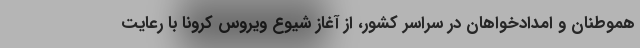
هموطنان و امدادخواهان در سراسر کشور، از آغاز شیوع ویروس کرونا با رعایت